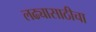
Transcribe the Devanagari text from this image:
लढ्यासाठीचा